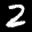
Label: 2